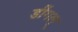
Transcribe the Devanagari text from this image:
डींगल्